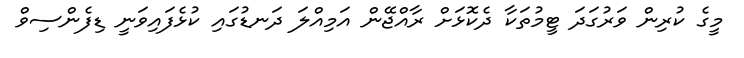
މީގެ ކުރިން ވަރުގަދަ ޓީމުތަކާ ދެކޮޅަށް ރާއްޖޭން އަމިއްލަ ދަނޑުގައި ކުޅެފައިވަނީ ޑިފެންސިވް